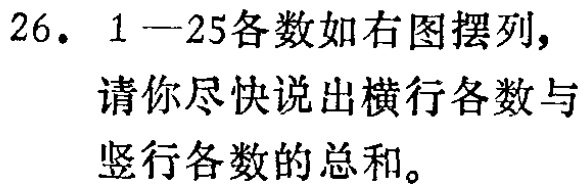
26. 1—25各数如右图摆列，请你尽快说出横行各数与竖行各数的总和。